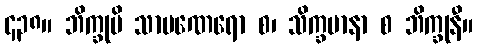
၄၃၈။ ဘိက္ခုပိ သာမဏေရော စ၊ သိက္ခမာနာ စ ဘိက္ခုနီ။